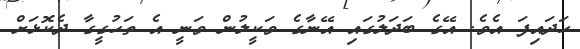
ހަދައިފަ އެވެ. އޭގެ ބަދަލުގައި އޭނާގެ ވަކީލުން ވަނީ އެ ތަހުގީގާ ދެކޮޅަށް